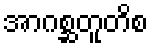
အာဂစ္ဆတူတိစ